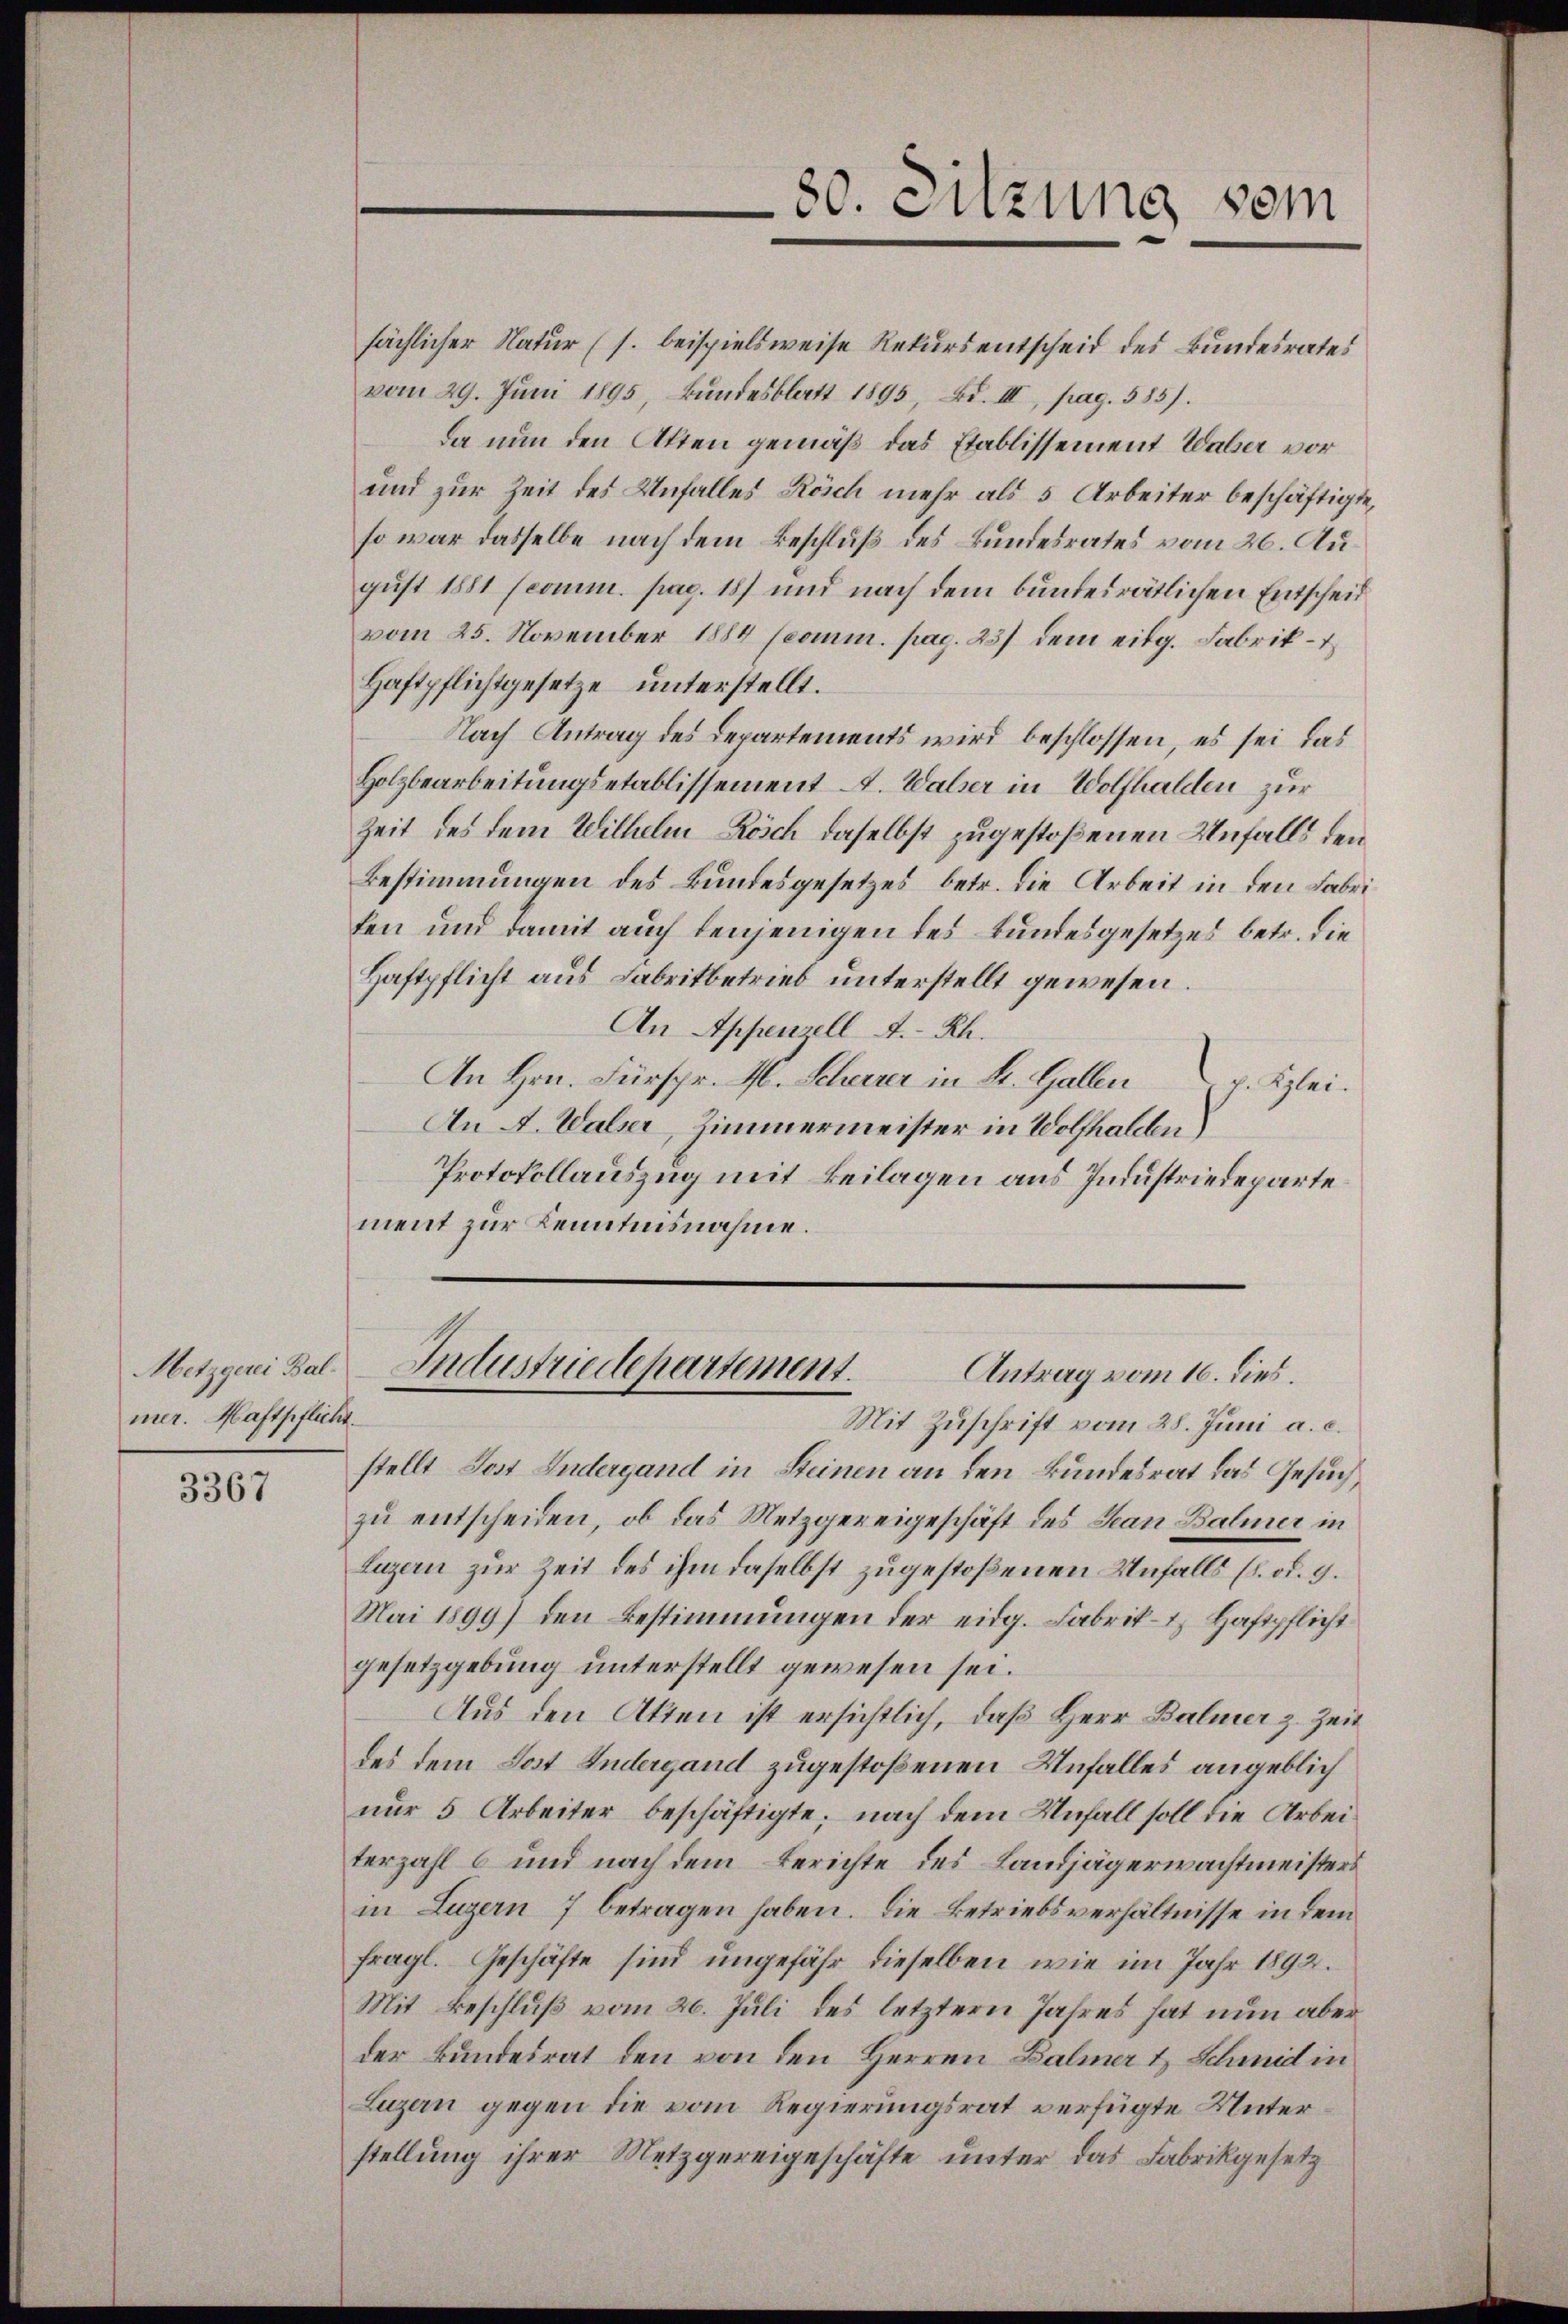
Metzgerei Balmer. Haftpflicht.

3367

sächlicher Natur (s. beispielsweise Rekurs entscheid des Bundesrates
vom 29. Jŭni 1895, Bŭndesblatt 1895, Bd. III, pag. 585).
da nun den Akten gemäß das Etablissement Waber vor
und zur Zeit des Unfalles Reich mehr als 5 Arbeiter beschäftigte,
so war dasselbe nach dem Beschluß des Bundesrates vom 26. August 1881 (comm. pag. 18) und nach dem bundesrätlichen Entscheid
vom 25. November 1884 scomm. pag. 237 dem eidg. Fabrik –
Haftpflichtgesetze unterstellt.
Nach Antrag des Departements wird beschlossen, es sei das
Holzbearbeitungsetablissement A. Walser in Wolfhalden zur
Zeit des dem Wilhelm Bösch daselbst zugestoßenen Unfalls den
Bestimmungen des Bundesgesetzes, betr. die Arbeit in den Fabrifen und damit auch denjenigen des Bundesgesetzes betr. die
Haftpflicht aus Fabritbetrieb unterstellt gewesen.
An Appenzell A.-Rh.
An Hrn. Fürspr. M. Scherer in St. Gallen
p. Klei¬
An A. Walser, Zimmermeister in Wolfhalden)
Protokollauszug mit Beilagen aus Industriedeparte
ment zur Kenntnisnahme.

80. Sitzung sein

Industriedepartement.
Antrag vom 16. dies.

Mit Zuschrift vom 28. Juni a. c.
stellt Jost Andergand in Steinen an den Bundesrat das Gesuch,
zu entscheiden, ob das Metzgereigeschäft des Jean Balmer in
Luzern zur Zeit des ihm daselbst zugestoßenen Unfalls (s. od. 9.
Mai 1899) den Bestimmungen der eidg. Fabrik- u. Haftpflicht
gesetzgebung unterstellt gewesen sei.
Aus den Atten ist ersichtlich, daß Herr Balmer z. Zeit
des dem Jost Indergand zugestoßenen Unfalles angeblich
nur 5 Arbeiter beschäftigte; nach dem Unfall soll die Arbeiterzahl b und nach dem Berichte des Landjägerwachtmeisters
in Luzern 7 betragen haben. Die Betriebsverhältnisse in dem
fragl. Geschäfte sind ungefähr dieselben wie im Jahr 1892.
Mit Beschluß vom 26. Juli des letztern Jahres hat nun aber
der Bundesrat den von den Herren Balmer & Schmid in
Luzern gegen die vom Regierungsrat verfügte Unterstellung ihrer Metzgereigeschäfte unter das Fabrikgesetz